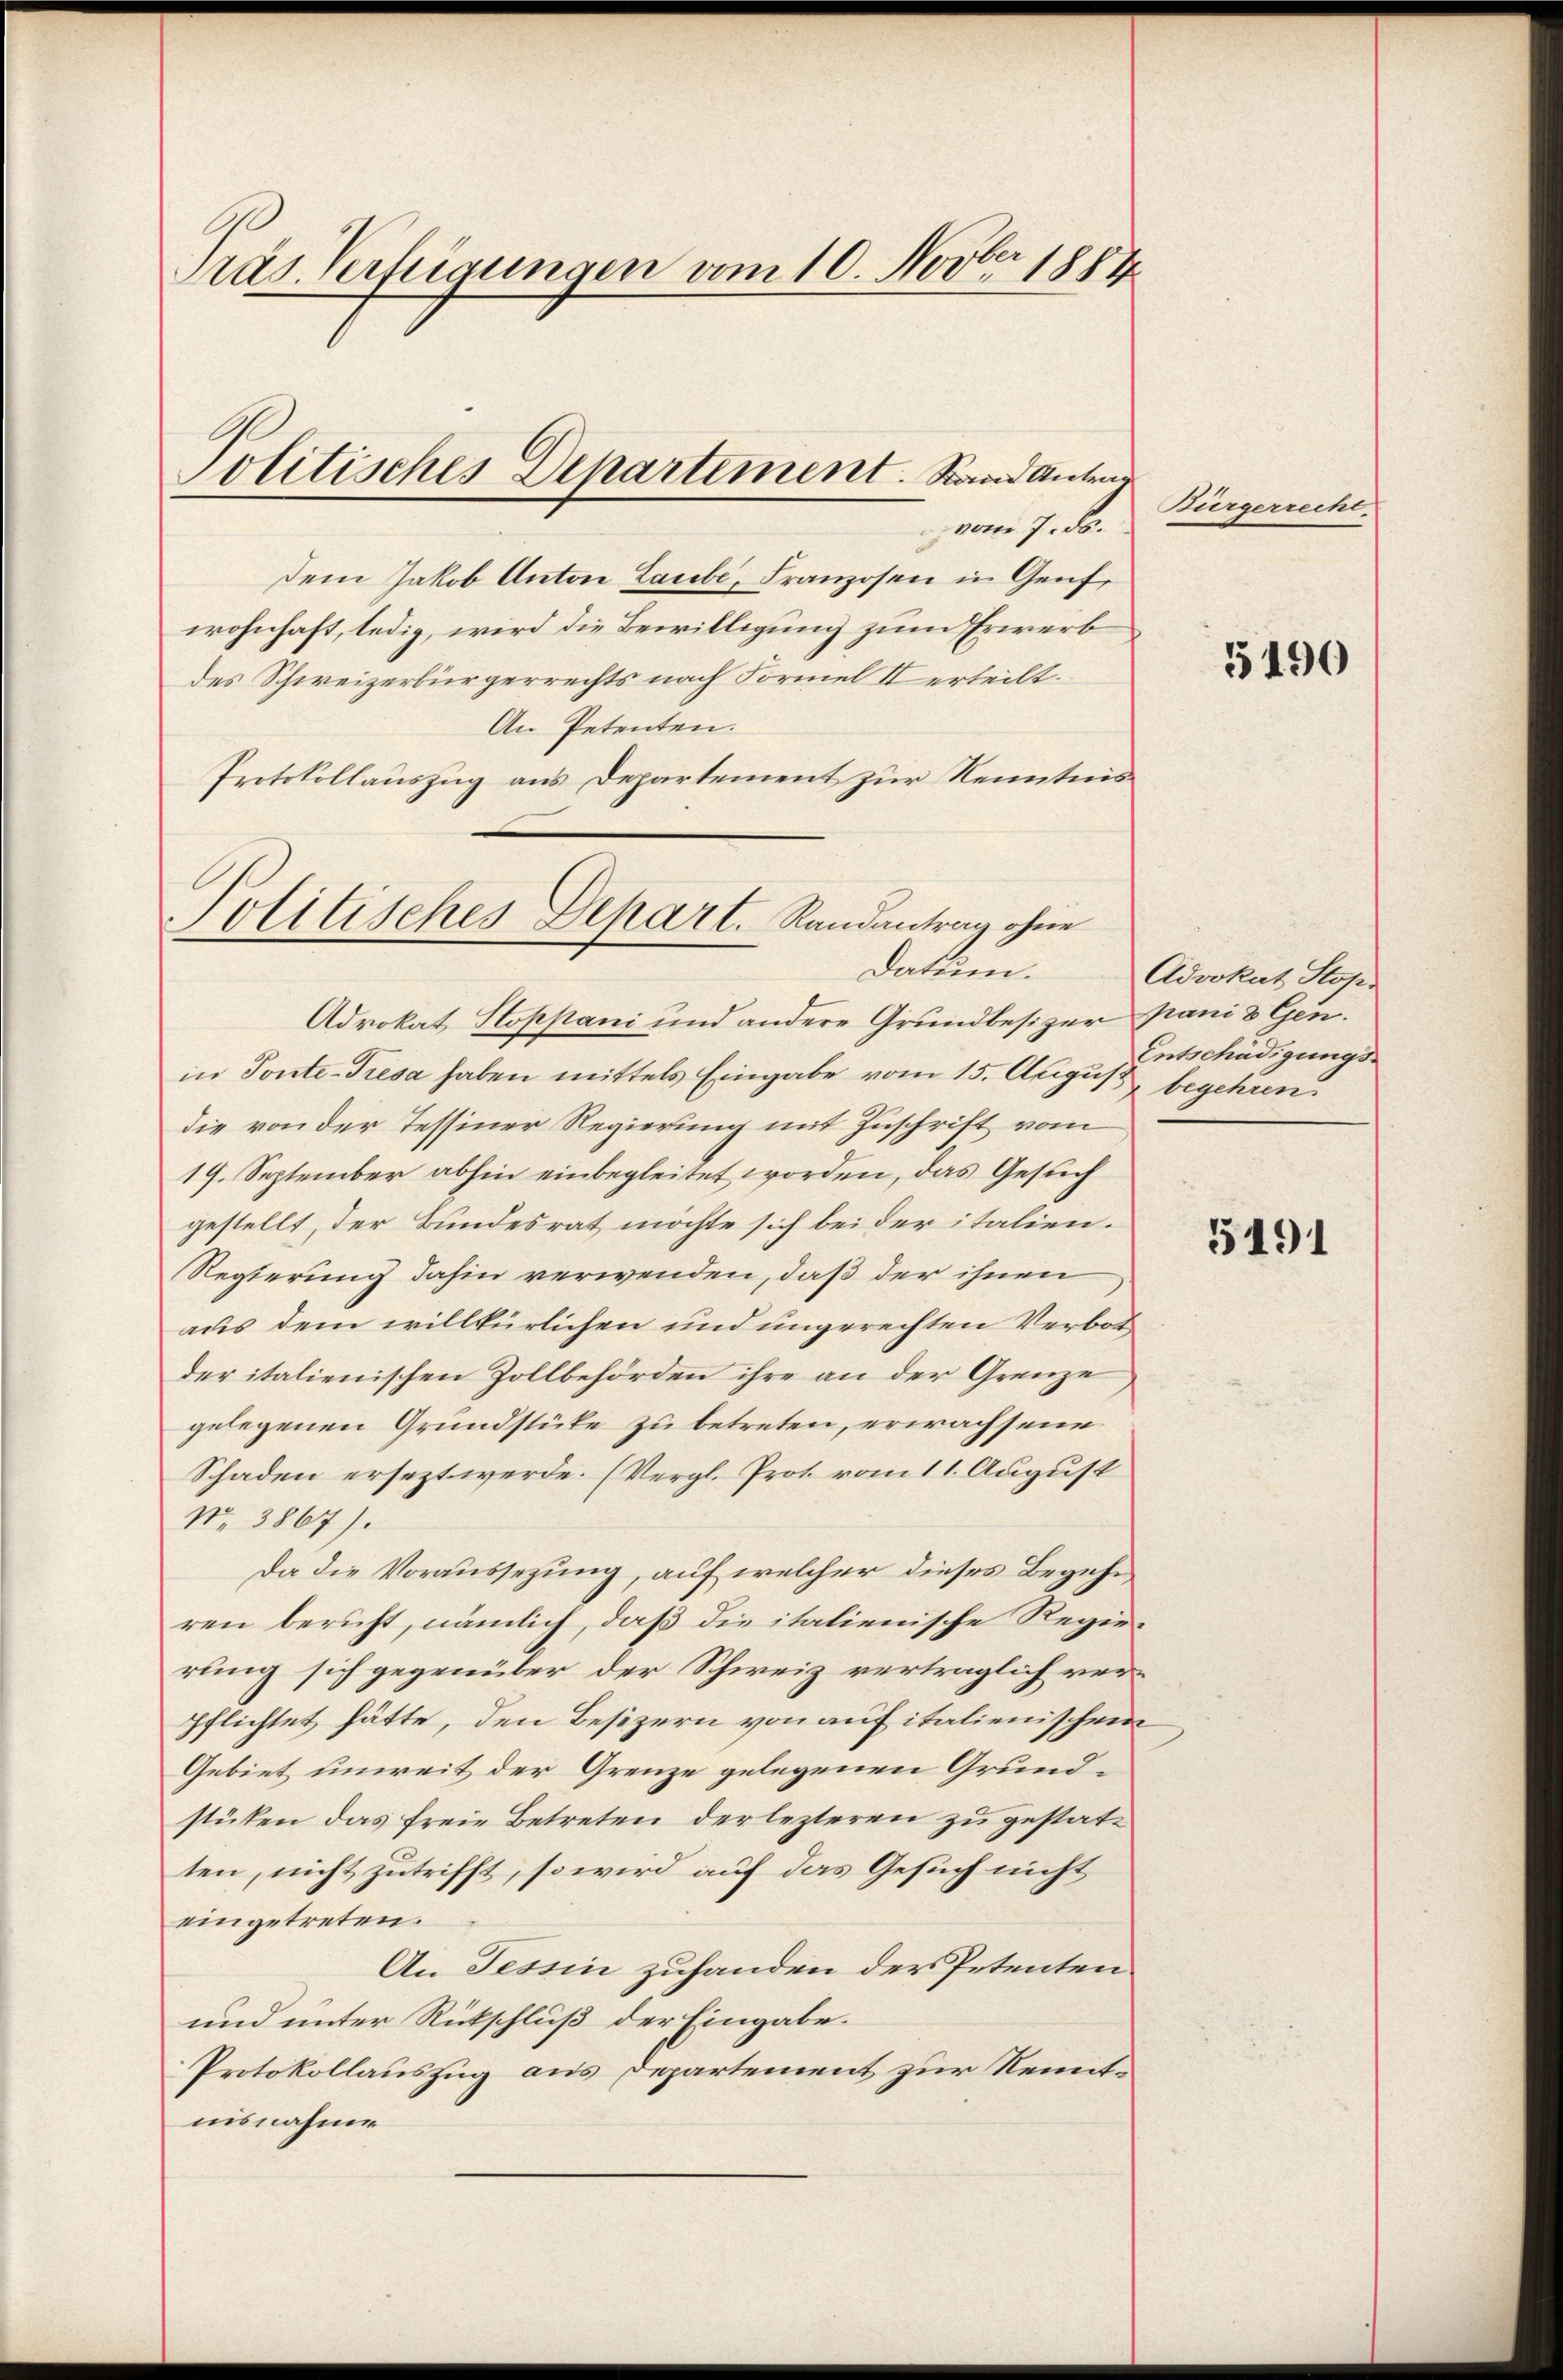
Präs. Verfügungen vom 10. Novber 1884

dem Jakob Anton Laube, Franzosen in Genf,
wohnhaft, ledig, wird die Bewilligung zum Erwerb
des Schweizerbürgerrechts nach Formel II erteilt.
An Petenten.
Protokollauszug aus Departement zur Kenntnis

Politisches Departement. Stand Antr
vom 7. ds.

Politisches Depart. Randantrag ohne
Datum.

Advokat Stoppani und andere Grundbesizer pani 8 Gen.
in Tonte-Tresa haben mittels Eingabe vom 15. August begehren
die von der Tessiner Regierung mit Zuschrift vom
19. September abhin einbegleitet worden, das Gesuch
gestellt, der Bundesrat möchte sich bei der italien¬
Regierung dahin verwenden, daß der ihnen
aus dem willkürlichen und ungerechten Verbotder italienischen Zollbehörden ihre an der Grenze
gelegenen Grundstücke zu betreten, erwachsene
Schaden ersezt werde. (Vergl. Prot vom 11. August
No. 3867).
Da die Voraussezung, auf welcher dieses Begehren bericht, nämlich, daß die italienische Regierung sich gegenüber der Schweiz vertraglich verpflichtet hätte, den Besizern von auf italienischen
Gebiet unweit der Grenze gelegenen Grundstüken das freie Betreten der lezteren zu gestatten, nicht zutrifft, so wird auf das Gesuch nicht
eingetreten.
An Tessin zuhanden der Petenten
und unter Rückschluß der Eingabe.
Protokollauszug aus Departement zur Remitnisnahme

Bürgerrecht.

5190

Advokat Stop
Entschädigungs-

e

5491